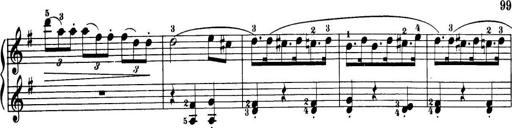
Title: 32 Sonatinas and Rondos for the Piano
Composer: Richard Kleinmichel